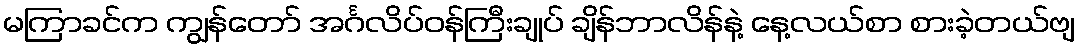
မကြာခင်က ကျွန်တော် အင်္ဂလိပ်ဝန်ကြီးချုပ် ချိန်ဘာလိန်နဲ့ နေ့လယ်စာ စားခဲ့တယ်ဗျ